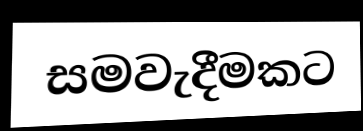
සමවැදීමකට